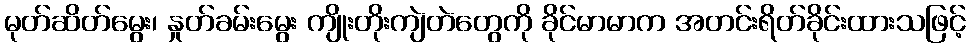
မုတ်ဆိတ်မွေး၊ နှုတ်ခမ်းမွေး ကျိုးတိုးကျဲတဲတွေကို ခိုင်မာမာက အတင်းရိတ်ခိုင်းထားသဖြင့်